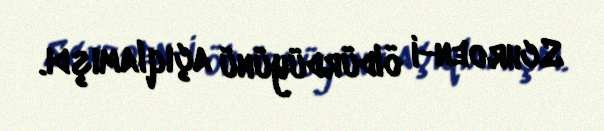
Schroen-i öldürdüyünü açıqlamışdı.